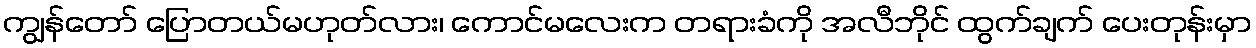
ကျွန်တော် ပြောတယ်မဟုတ်လား၊ ကောင်မလေးက တရားခံကို အလီဘိုင် ထွက်ချက် ပေးတုန်းမှာ